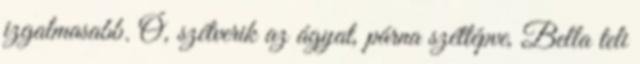
izgalmasabb. Ó, szétverik az ágyat, párna széttépve, Bella teli